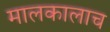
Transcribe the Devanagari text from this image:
मालकालाच